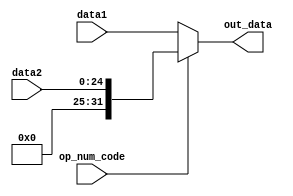
module AluMux (
	input [31:0] data1,
	input [24:0] data2,
	input op_num_code,
	output reg [31:0] out_data
	);
	
	always @(*)
	begin
		if(op_num_code == 0) out_data = data1;
		else out_data = data2;
	end
endmodule